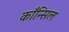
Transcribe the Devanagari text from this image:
काँन्सिल